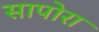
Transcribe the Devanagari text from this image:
सापोरा